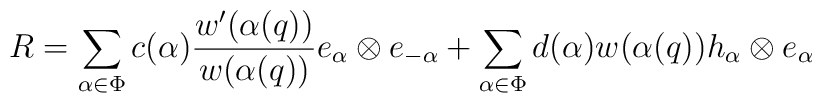
R = \sum_{\alpha \in \Phi} c(\alpha) \frac{w'(\alpha (q))}{w(\alpha(q))}e_{\alpha} \otimes e_{- \alpha} + \sum_{\alpha \in \Phi} d(\alpha)w(\alpha (q)) h_{\alpha} \otimes e_{\alpha}